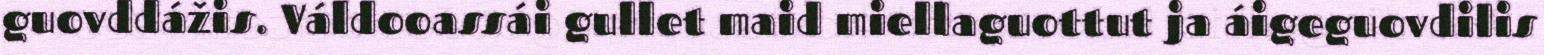
guovddážis. Váldooassái gullet maid miellaguottut ja áigeguovdilis